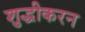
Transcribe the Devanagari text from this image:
शुद्धीकरन